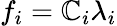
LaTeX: f_{i}=\mathbb{C}_{i}\lambda_{i}